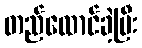
တည်ထောင်ခဲ့ပြီး